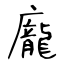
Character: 龐